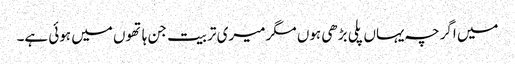
میں اگرچہ یہاں پلی بڑھی ہوں مگر میری تربیت جن ہاتھوں میں ہوئی ہے۔